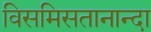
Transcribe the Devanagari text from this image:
विसमिसतानान्दा